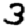
Digit: 3